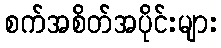
စက်အစိတ်အပိုင်းများ